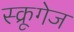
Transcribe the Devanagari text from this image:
स्क्रूगेज